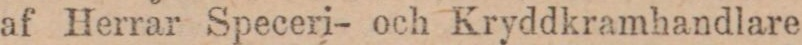
af Herrar Speceri- och Kryddkramhandlare